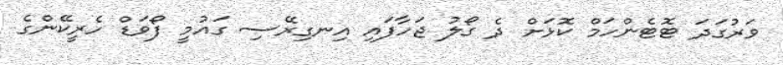
ވަރުގަދަ ޓޮޓެންހަމް ކޮޅަށް ދެ ގޯލު ޖަހާފައި އިނގިރޭސި ގައުމީ ފޯވަޑް ހެރީކޭންގެ